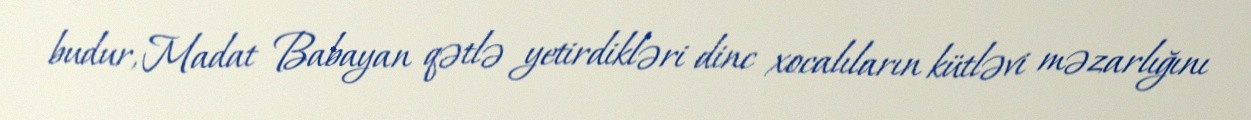
budur, Madat Babayan qətlə yetirdikləri dinc xocalıların kütləvi məzarlığını